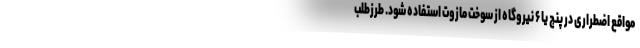
مواقع اضطراری در پنج یا ۶ نیروگاه از سوخت مازوت استفاده شود. طرزطلب